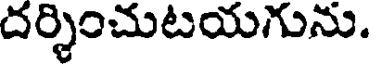
దర్శించుటయగును.